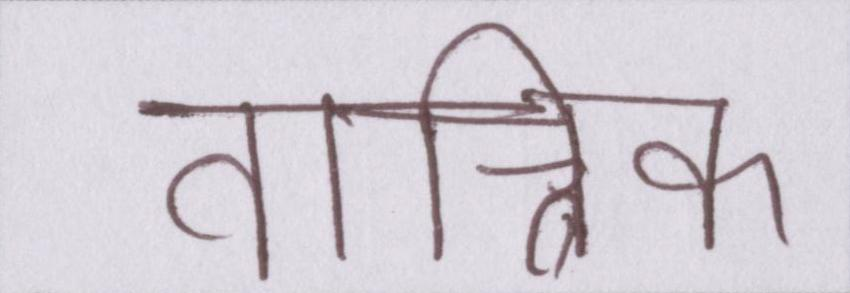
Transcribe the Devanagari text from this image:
तान्त्रिक